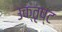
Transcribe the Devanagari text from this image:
उक्तृष्ट